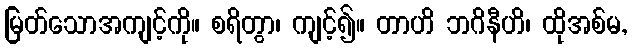
မြတ်သောအကျင့်ကို။ စရိတွာ၊ ကျင့်၍။ တာဟိ ဘဂိနီဟိ၊ ထိုအစ်မ,